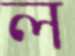
ল